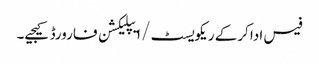
فیس ادا کرکے ریکویسٹ/ ا یپلیکشن فارورڈ کیجیے۔